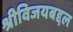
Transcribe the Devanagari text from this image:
श्रीविजयबद्दल